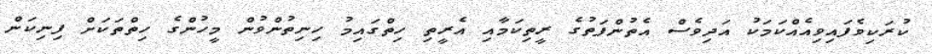
ކުރަކިވެފައިވިއެއްކަމަކު އަދިވެސް އެތުންފަތުގެ ރީތިކަމާއި އެރީތި ހިތްގައިމު ހިނިތުންވުން މީހުންގެ ހިތްތަކަށް ފިނިކަން